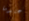
عندما